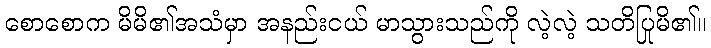
စောစောက မိမိ၏အသံမှာ အနည်းငယ် မာသွားသည်ကို လဲ့လဲ့ သတိပြုမိ၏။